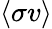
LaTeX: \langle\sigma v\rangle